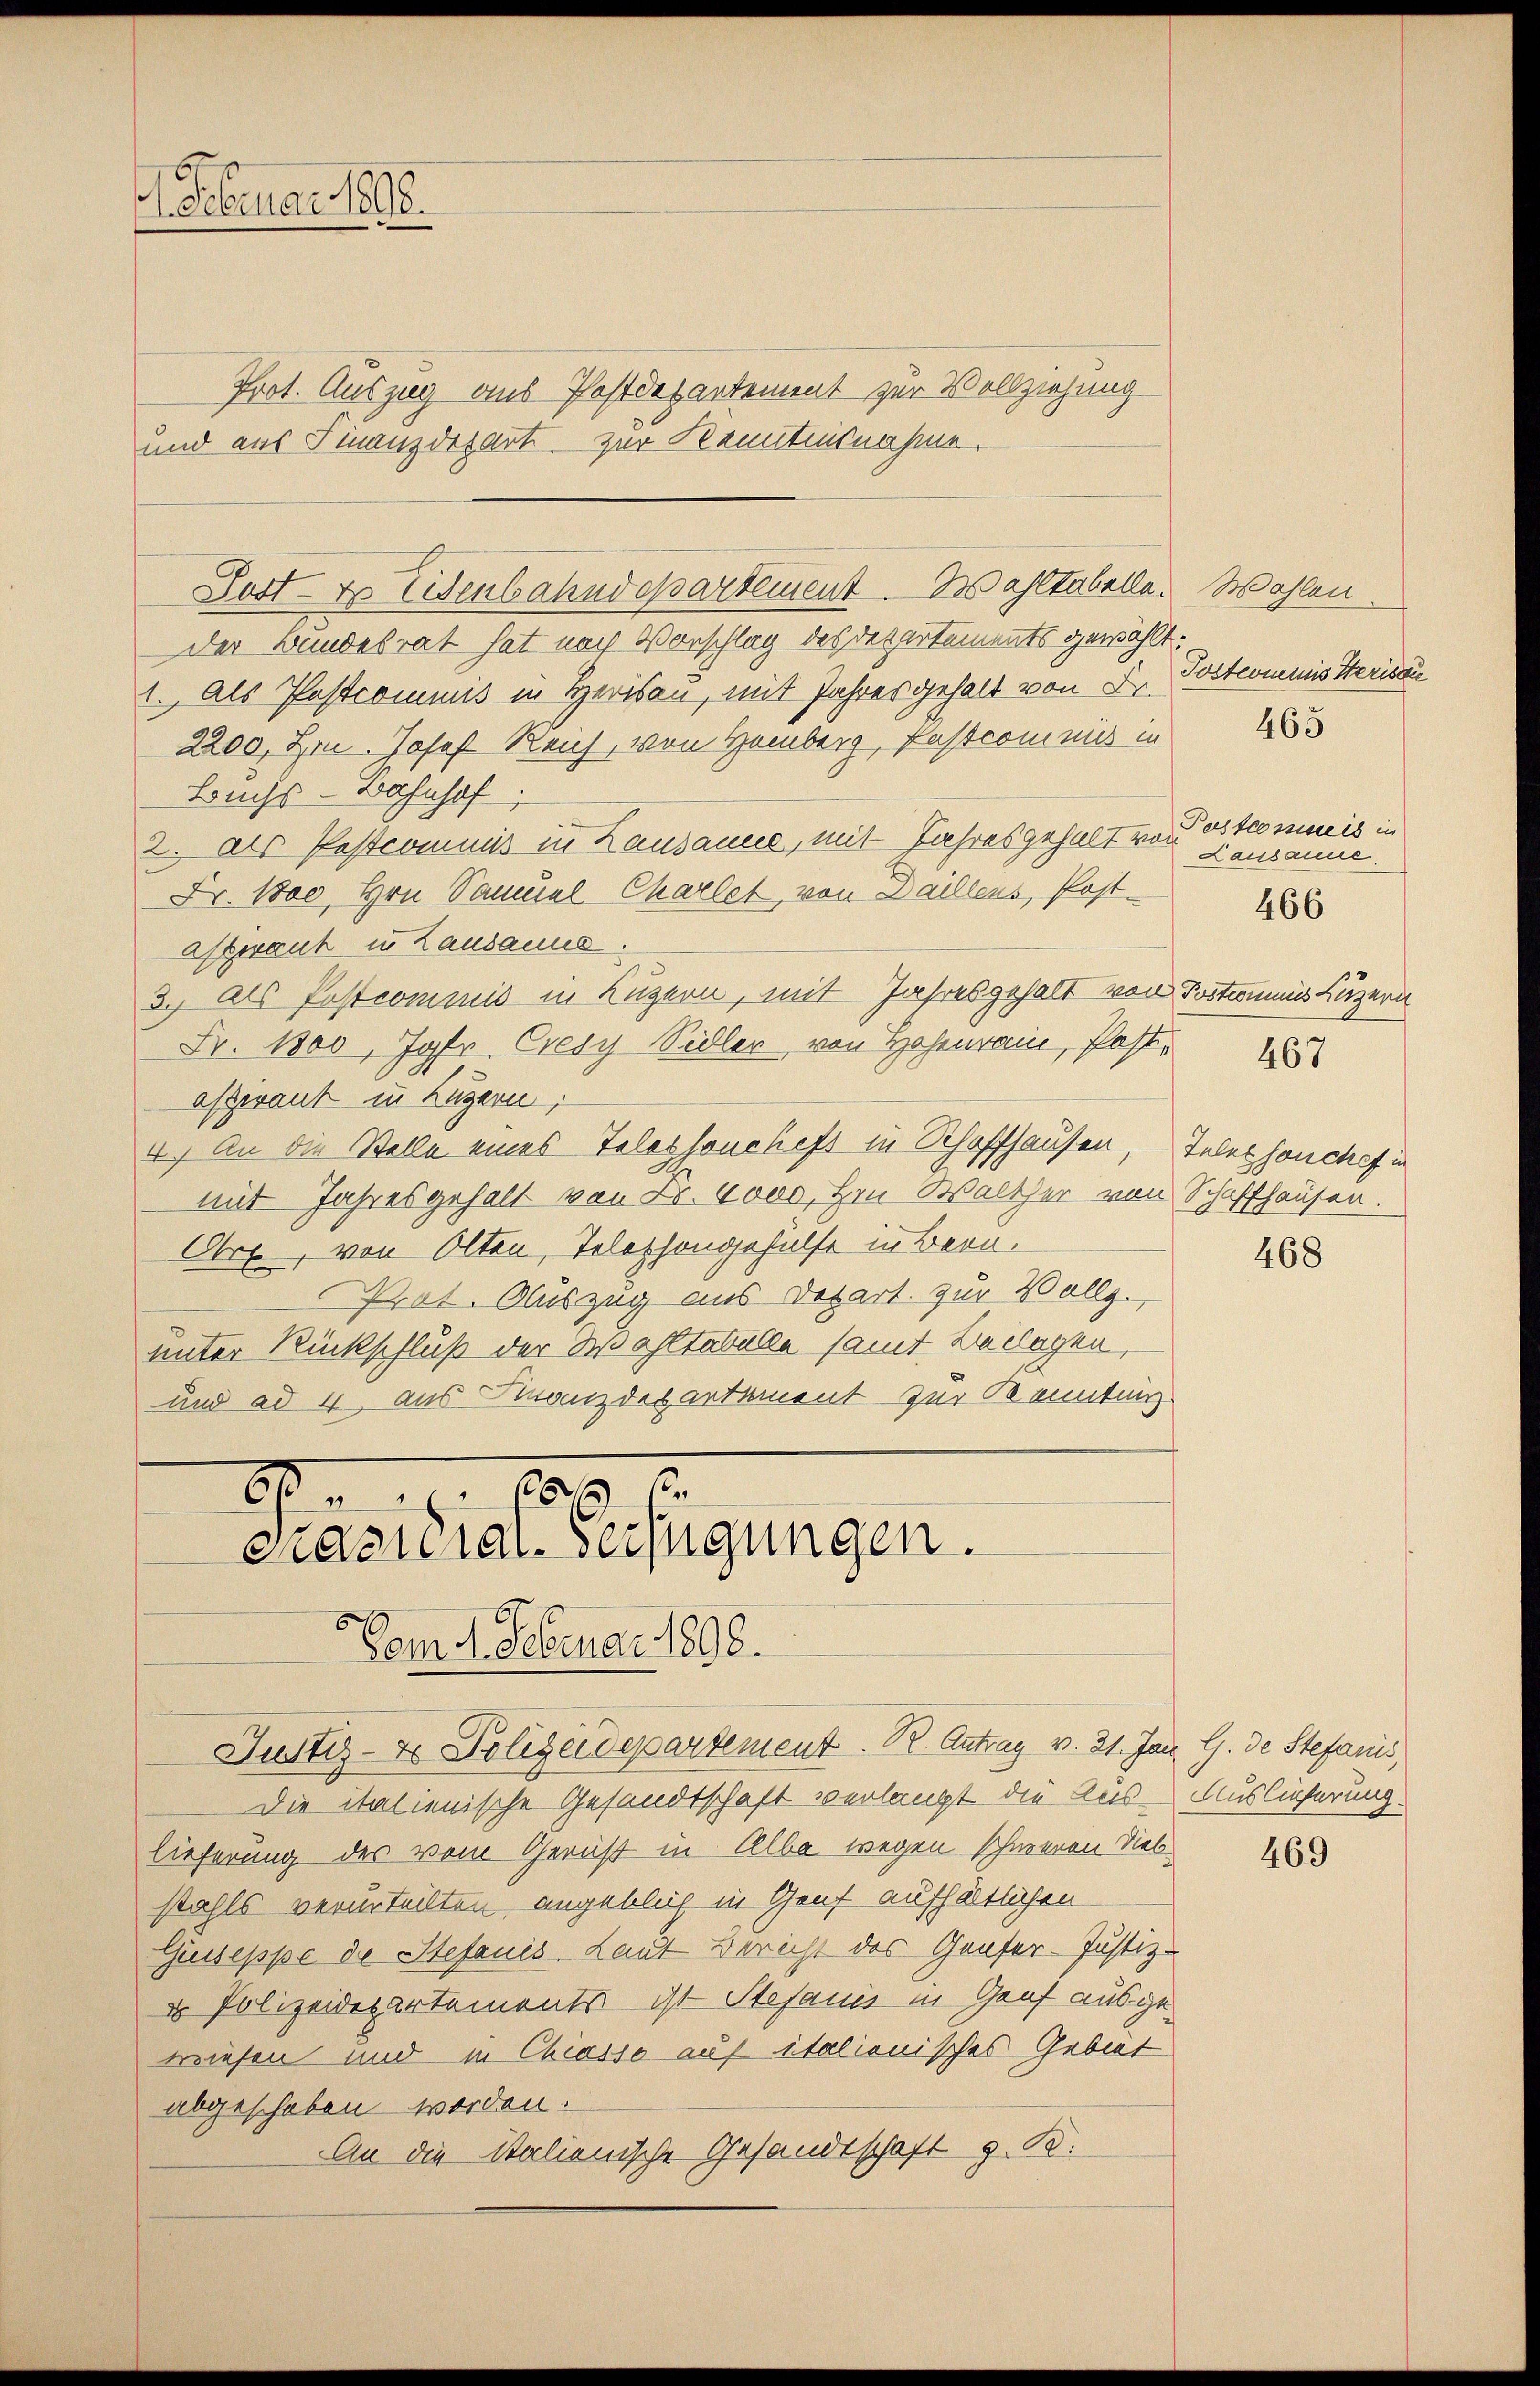
1. Februar 1898.

Prot. Auszug aus Postdepartement zur Vollziehung
und aus Finanzdepart zur Kenntensnahme.

cnatural-Verfügungen.
om 4. Februar 1898.

Post- & Eisenbahndepartement. Mahltabelle. Wohlen

der Bandesrat hat nach Vorschlag des Departements gewählt.
1. Als Pastcommis in Herisau, mit Jahres gehalt von Fr.
2200, Hr. Josef Reich, von Hemberg, Pastcommis in
Buchs-Bahnhof,
2. als Postcommis in Lausanne, mit Jahres gehalt von
Fr. 100 Hrn. Samuel Charlet, von Daillens, Post-
affrank in Lausanne.
3.) Als Postcommis in Luzern, mit Jahresgehalt von Postromnis Luzern
Fr. 1800, Jahr Cresy Sidler von Hohen, Post.
aspirant in Luzern,
4.) An die Stelle eines Telephoncheft in Schaffhausen, Telephonchef in
mit Jahresgehalt von Fr. 6000, Hrn. Walther von Schaffhausen.
Obrx, von Olten, Telephongehülfe in Bern,
Prät. Auszug aus Depart zur Vollg.
unter Rückschluß der Wahltabelle samt Beilagen,
und ad 4 aus Finanzdesartement zur Kanntenz
Ao 18. 1803. 1

Justiz- & Polizeidepartement. B. Antrag v. 21. Jan. G. de Stefanis
Die italienische Gesandtschaft verlangt die Aus- Auslieferung.
lieferung des vom Gericht in Alba wegen schweren Siebstahls verurteilten angeblich in Genf aufhältlichen
Giuseppe de Stefanis Laut Bericht des Genfer-Justiz-
 Polizeidepartements ist Stesauis in Genf ausgewiesen und in Chiasso auf italionisches Gebiet
abgeschoben worden.
An die Italienische Gesandtschaft z. B.

Postcommis Herisau

465

Pastossesseis in
Lausanne.
467

466

468

469